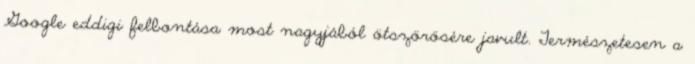
Google eddigi felbontása most nagyjából ötszörösére javult. Természetesen a